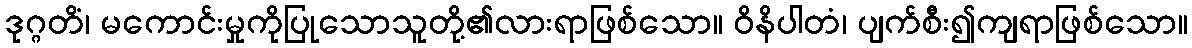
ဒုဂ္ဂတိံ၊ မကောင်းမှုကိုပြုသောသူတို့၏လားရာဖြစ်သော။ ဝိနိပါတံ၊ ပျက်စီး၍ကျရာဖြစ်သော။